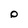
Character: o